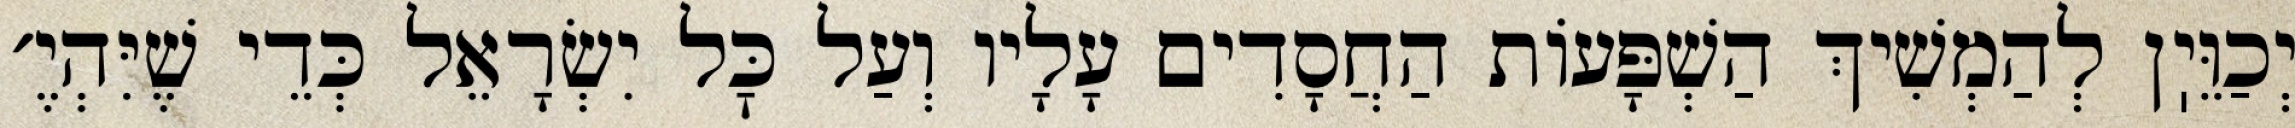
יְכַוֵּיֽן לְהַמְשִׁיךְ הַשְׁפָּעוֹת הַחֲסָדִים עָלָיו וְעַל כׇּל יִשְׂרָאֵל כְּדֵי שֶׁיִּהְיֶ׳